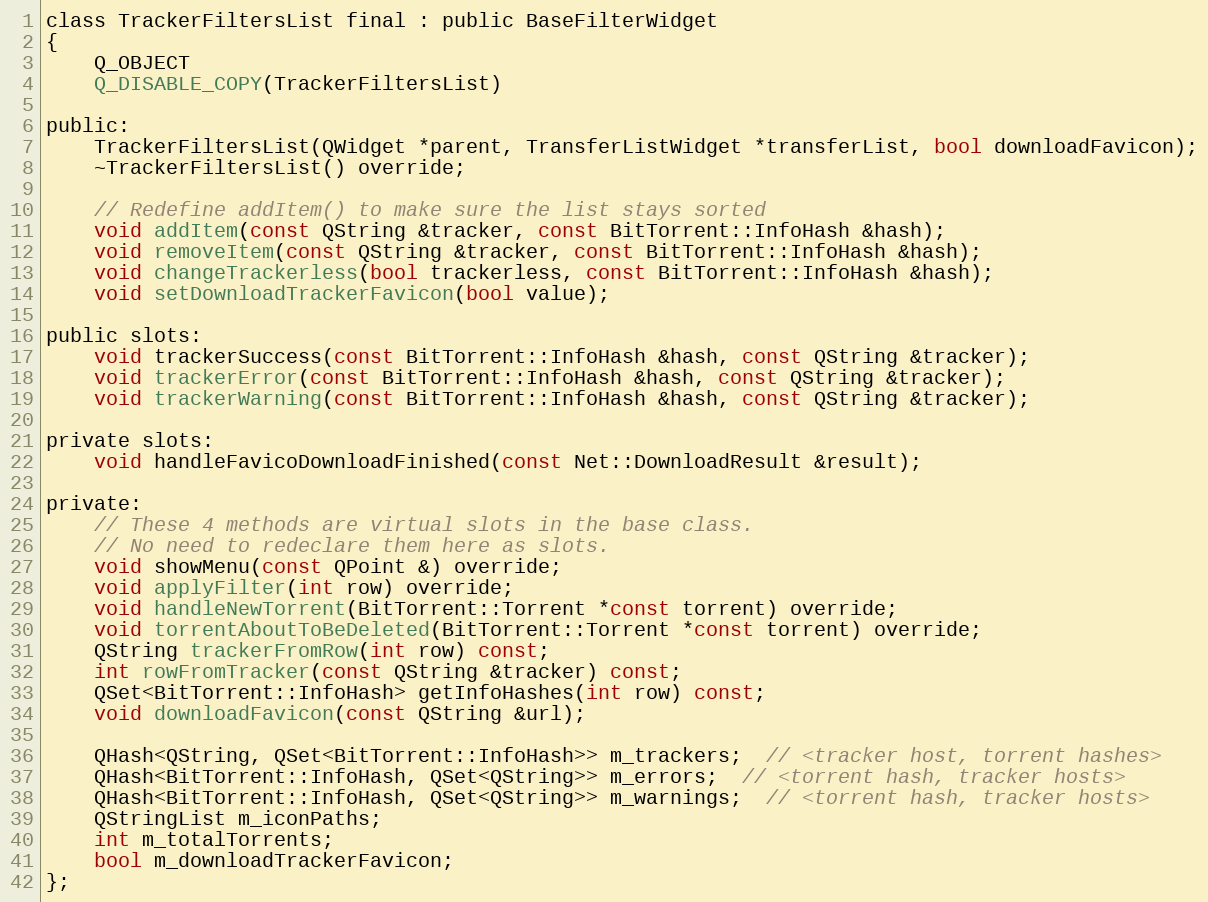
Language: C
class TrackerFiltersList final : public BaseFilterWidget
{
    Q_OBJECT
    Q_DISABLE_COPY(TrackerFiltersList)

public:
    TrackerFiltersList(QWidget *parent, TransferListWidget *transferList, bool downloadFavicon);
    ~TrackerFiltersList() override;

    // Redefine addItem() to make sure the list stays sorted
    void addItem(const QString &tracker, const BitTorrent::InfoHash &hash);
    void removeItem(const QString &tracker, const BitTorrent::InfoHash &hash);
    void changeTrackerless(bool trackerless, const BitTorrent::InfoHash &hash);
    void setDownloadTrackerFavicon(bool value);

public slots:
    void trackerSuccess(const BitTorrent::InfoHash &hash, const QString &tracker);
    void trackerError(const BitTorrent::InfoHash &hash, const QString &tracker);
    void trackerWarning(const BitTorrent::InfoHash &hash, const QString &tracker);

private slots:
    void handleFavicoDownloadFinished(const Net::DownloadResult &result);

private:
    // These 4 methods are virtual slots in the base class.
    // No need to redeclare them here as slots.
    void showMenu(const QPoint &) override;
    void applyFilter(int row) override;
    void handleNewTorrent(BitTorrent::Torrent *const torrent) override;
    void torrentAboutToBeDeleted(BitTorrent::Torrent *const torrent) override;
    QString trackerFromRow(int row) const;
    int rowFromTracker(const QString &tracker) const;
    QSet<BitTorrent::InfoHash> getInfoHashes(int row) const;
    void downloadFavicon(const QString &url);

    QHash<QString, QSet<BitTorrent::InfoHash>> m_trackers;  // <tracker host, torrent hashes>
    QHash<BitTorrent::InfoHash, QSet<QString>> m_errors;  // <torrent hash, tracker hosts>
    QHash<BitTorrent::InfoHash, QSet<QString>> m_warnings;  // <torrent hash, tracker hosts>
    QStringList m_iconPaths;
    int m_totalTorrents;
    bool m_downloadTrackerFavicon;
};